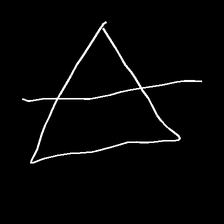
Glyph: empower